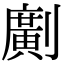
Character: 𠠎